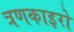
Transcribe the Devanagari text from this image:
त्रणकाइरो